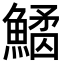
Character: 𩺠